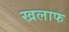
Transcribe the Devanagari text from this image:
खलाफ